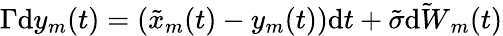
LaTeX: \Gamma\mathrm{d}y_{m}(t)=(\tilde{{x}}_{m}(t)-y_{m}(t))\mathrm{d}t+\tilde{{\sigma}}\tilde{{\mathrm{d}W}}_{m}(t)